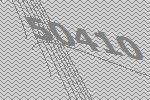
50410